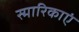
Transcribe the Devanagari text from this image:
स्मारिकाएं